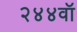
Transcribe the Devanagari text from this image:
२४४वॉ